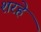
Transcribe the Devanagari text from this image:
शरहे